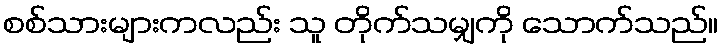
စစ်သားများကလည်း သူ တိုက်သမျှကို သောက်သည်။